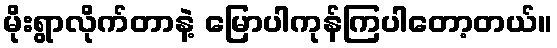
မိုးရွာလိုက်တာနဲ့ မြောပါကုန်ကြပါတော့တယ်။